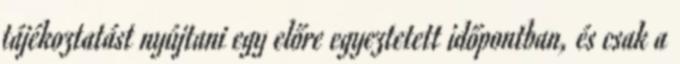
tájékoztatást nyújtani egy előre egyeztetett időpontban, és csak a